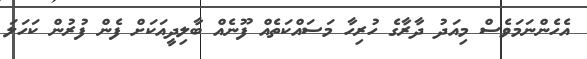
އެހެންނަމަވެސް މިއަދު ދާރާގެ ހުރިހާ މަސައްކަތެއް ފޫނެއް ބާލިދީއަކަށް ފެން ފުރުން ކަހަލަ